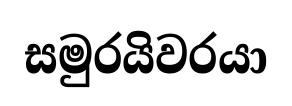
සමුරයිවරයා